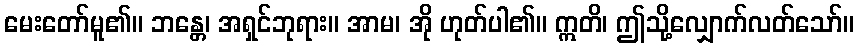
မေးတော်မူ၏။ ဘန္တေ၊ အရှင်ဘုရား။ အာမ၊ အို ဟုတ်ပါ၏။ ဣတိ၊ ဤသို့လျှောက်လတ်သော်။